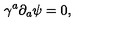
\gamma ^ { a } \partial _ { a } \psi = 0 ,